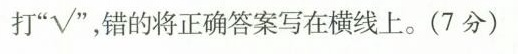
打”√ ”，错的将正确答案写在横线上。(7分)